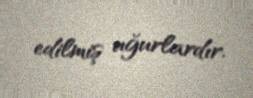
edilmiş uğurlardır.